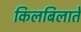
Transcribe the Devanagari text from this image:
किलबिलाते